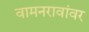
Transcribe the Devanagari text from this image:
वामनरावांवर